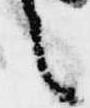
言